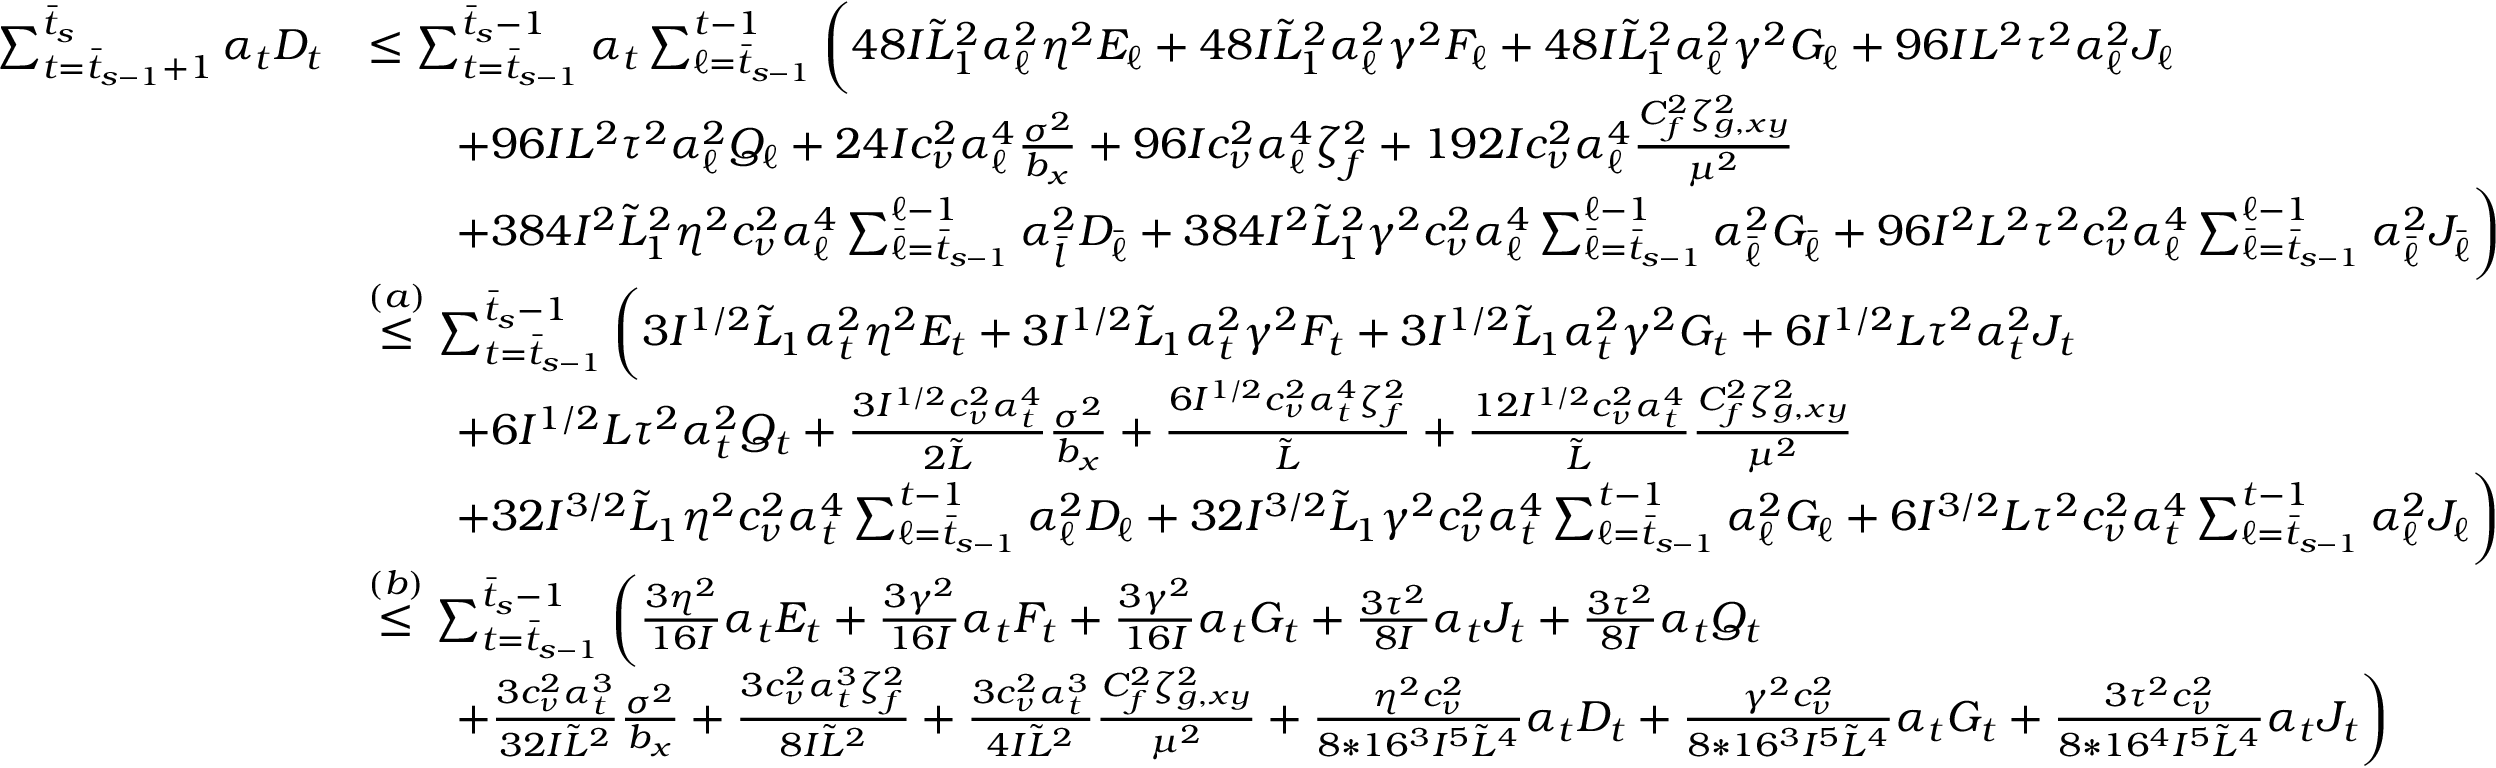
\begin{array} { r l } { \sum _ { t = \bar { t } _ { s - 1 } + 1 } ^ { \bar { t } _ { s } } \alpha _ { t } D _ { t } } & { \leq \sum _ { t = \bar { t } _ { s - 1 } } ^ { \bar { t } _ { s } - 1 } \alpha _ { t } \sum _ { \ell = \bar { t } _ { s - 1 } } ^ { t - 1 } \bigg ( 4 8 I \tilde { L } _ { 1 } ^ { 2 } \alpha _ { \ell } ^ { 2 } \eta ^ { 2 } E _ { \ell } + 4 8 I \tilde { L } _ { 1 } ^ { 2 } \alpha _ { \ell } ^ { 2 } \gamma ^ { 2 } F _ { \ell } + 4 8 I \tilde { L } _ { 1 } ^ { 2 } \alpha _ { \ell } ^ { 2 } \gamma ^ { 2 } G _ { \ell } + 9 6 I L ^ { 2 } \tau ^ { 2 } \alpha _ { \ell } ^ { 2 } J _ { \ell } } \\ & { \qquad + 9 6 I L ^ { 2 } \tau ^ { 2 } \alpha _ { \ell } ^ { 2 } Q _ { \ell } + 2 4 I c _ { \nu } ^ { 2 } \alpha _ { \ell } ^ { 4 } \frac { \sigma ^ { 2 } } { b _ { x } } + 9 6 I c _ { \nu } ^ { 2 } \alpha _ { \ell } ^ { 4 } \zeta _ { f } ^ { 2 } + 1 9 2 I c _ { \nu } ^ { 2 } \alpha _ { \ell } ^ { 4 } \frac { C _ { f } ^ { 2 } \zeta _ { g , x y } ^ { 2 } } { \mu ^ { 2 } } } \\ & { \qquad + 3 8 4 I ^ { 2 } \tilde { L } _ { 1 } ^ { 2 } \eta ^ { 2 } c _ { \nu } ^ { 2 } \alpha _ { \ell } ^ { 4 } \sum _ { \bar { \ell } = \bar { t } _ { s - 1 } } ^ { \ell - 1 } \alpha _ { \bar { l } } ^ { 2 } D _ { \bar { \ell } } + 3 8 4 I ^ { 2 } \tilde { L } _ { 1 } ^ { 2 } \gamma ^ { 2 } c _ { \nu } ^ { 2 } \alpha _ { \ell } ^ { 4 } \sum _ { \bar { \ell } = \bar { t } _ { s - 1 } } ^ { \ell - 1 } \alpha _ { \bar { \ell } } ^ { 2 } G _ { \bar { \ell } } + 9 6 I ^ { 2 } L ^ { 2 } \tau ^ { 2 } c _ { \nu } ^ { 2 } \alpha _ { \ell } ^ { 4 } \sum _ { \bar { \ell } = \bar { t } _ { s - 1 } } ^ { \ell - 1 } \alpha _ { \bar { \ell } } ^ { 2 } J _ { \bar { \ell } } \bigg ) } \\ & { \overset { ( a ) } { \leq } \sum _ { t = \bar { t } _ { s - 1 } } ^ { \bar { t } _ { s } - 1 } \bigg ( 3 I ^ { 1 / 2 } \tilde { L } _ { 1 } \alpha _ { t } ^ { 2 } \eta ^ { 2 } E _ { t } + 3 I ^ { 1 / 2 } \tilde { L } _ { 1 } \alpha _ { t } ^ { 2 } \gamma ^ { 2 } F _ { t } + 3 I ^ { 1 / 2 } \tilde { L } _ { 1 } \alpha _ { t } ^ { 2 } \gamma ^ { 2 } G _ { t } + 6 I ^ { 1 / 2 } L \tau ^ { 2 } \alpha _ { t } ^ { 2 } J _ { t } } \\ & { \qquad + 6 I ^ { 1 / 2 } L \tau ^ { 2 } \alpha _ { t } ^ { 2 } Q _ { t } + \frac { 3 I ^ { 1 / 2 } c _ { \nu } ^ { 2 } \alpha _ { t } ^ { 4 } } { 2 \tilde { L } } \frac { \sigma ^ { 2 } } { b _ { x } } + \frac { 6 I ^ { 1 / 2 } c _ { \nu } ^ { 2 } \alpha _ { t } ^ { 4 } \zeta _ { f } ^ { 2 } } { \tilde { L } } + \frac { 1 2 I ^ { 1 / 2 } c _ { \nu } ^ { 2 } \alpha _ { t } ^ { 4 } } { \tilde { L } } \frac { C _ { f } ^ { 2 } \zeta _ { g , x y } ^ { 2 } } { \mu ^ { 2 } } } \\ & { \qquad + 3 2 I ^ { 3 / 2 } \tilde { L } _ { 1 } \eta ^ { 2 } c _ { \nu } ^ { 2 } \alpha _ { t } ^ { 4 } \sum _ { \ell = \bar { t } _ { s - 1 } } ^ { t - 1 } \alpha _ { \ell } ^ { 2 } D _ { \ell } + 3 2 I ^ { 3 / 2 } \tilde { L } _ { 1 } \gamma ^ { 2 } c _ { \nu } ^ { 2 } \alpha _ { t } ^ { 4 } \sum _ { \ell = \bar { t } _ { s - 1 } } ^ { t - 1 } \alpha _ { \ell } ^ { 2 } G _ { \ell } + 6 I ^ { 3 / 2 } L \tau ^ { 2 } c _ { \nu } ^ { 2 } \alpha _ { t } ^ { 4 } \sum _ { \ell = \bar { t } _ { s - 1 } } ^ { t - 1 } \alpha _ { \ell } ^ { 2 } J _ { \ell } \bigg ) } \\ & { \overset { ( b ) } { \leq } \sum _ { t = \bar { t } _ { s - 1 } } ^ { \bar { t } _ { s } - 1 } \bigg ( \frac { 3 \eta ^ { 2 } } { 1 6 I } \alpha _ { t } E _ { t } + \frac { 3 \gamma ^ { 2 } } { 1 6 I } \alpha _ { t } F _ { t } + \frac { 3 \gamma ^ { 2 } } { 1 6 I } \alpha _ { t } G _ { t } + \frac { 3 \tau ^ { 2 } } { 8 I } \alpha _ { t } J _ { t } + \frac { 3 \tau ^ { 2 } } { 8 I } \alpha _ { t } Q _ { t } } \\ & { \qquad + \frac { 3 c _ { \nu } ^ { 2 } \alpha _ { t } ^ { 3 } } { 3 2 I \tilde { L } ^ { 2 } } \frac { \sigma ^ { 2 } } { b _ { x } } + \frac { 3 c _ { \nu } ^ { 2 } \alpha _ { t } ^ { 3 } \zeta _ { f } ^ { 2 } } { 8 I \tilde { L } ^ { 2 } } + \frac { 3 c _ { \nu } ^ { 2 } \alpha _ { t } ^ { 3 } } { 4 I \tilde { L } ^ { 2 } } \frac { C _ { f } ^ { 2 } \zeta _ { g , x y } ^ { 2 } } { \mu ^ { 2 } } + \frac { \eta ^ { 2 } c _ { \nu } ^ { 2 } } { 8 * 1 6 ^ { 3 } I ^ { 5 } \tilde { L } ^ { 4 } } \alpha _ { t } D _ { t } + \frac { \gamma ^ { 2 } c _ { \nu } ^ { 2 } } { 8 * 1 6 ^ { 3 } I ^ { 5 } \tilde { L } ^ { 4 } } \alpha _ { t } G _ { t } + \frac { 3 \tau ^ { 2 } c _ { \nu } ^ { 2 } } { 8 * 1 6 ^ { 4 } I ^ { 5 } \tilde { L } ^ { 4 } } \alpha _ { t } J _ { t } \bigg ) } \end{array}